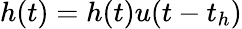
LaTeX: \begin{array}{r}{\begin{array}{r}{h(t)=h(t)u(t-t_{h})}\end{array}}\end{array}